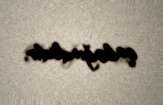
qabağındadır.